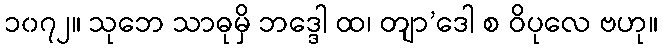
၁၀၇၂။ သုဘေ သာဓုမှိ ဘဒ္ဒေါ ထ၊ တျာ’ဒေါ စ ဝိပုလေ ဗဟု။